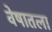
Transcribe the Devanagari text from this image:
वेषातला